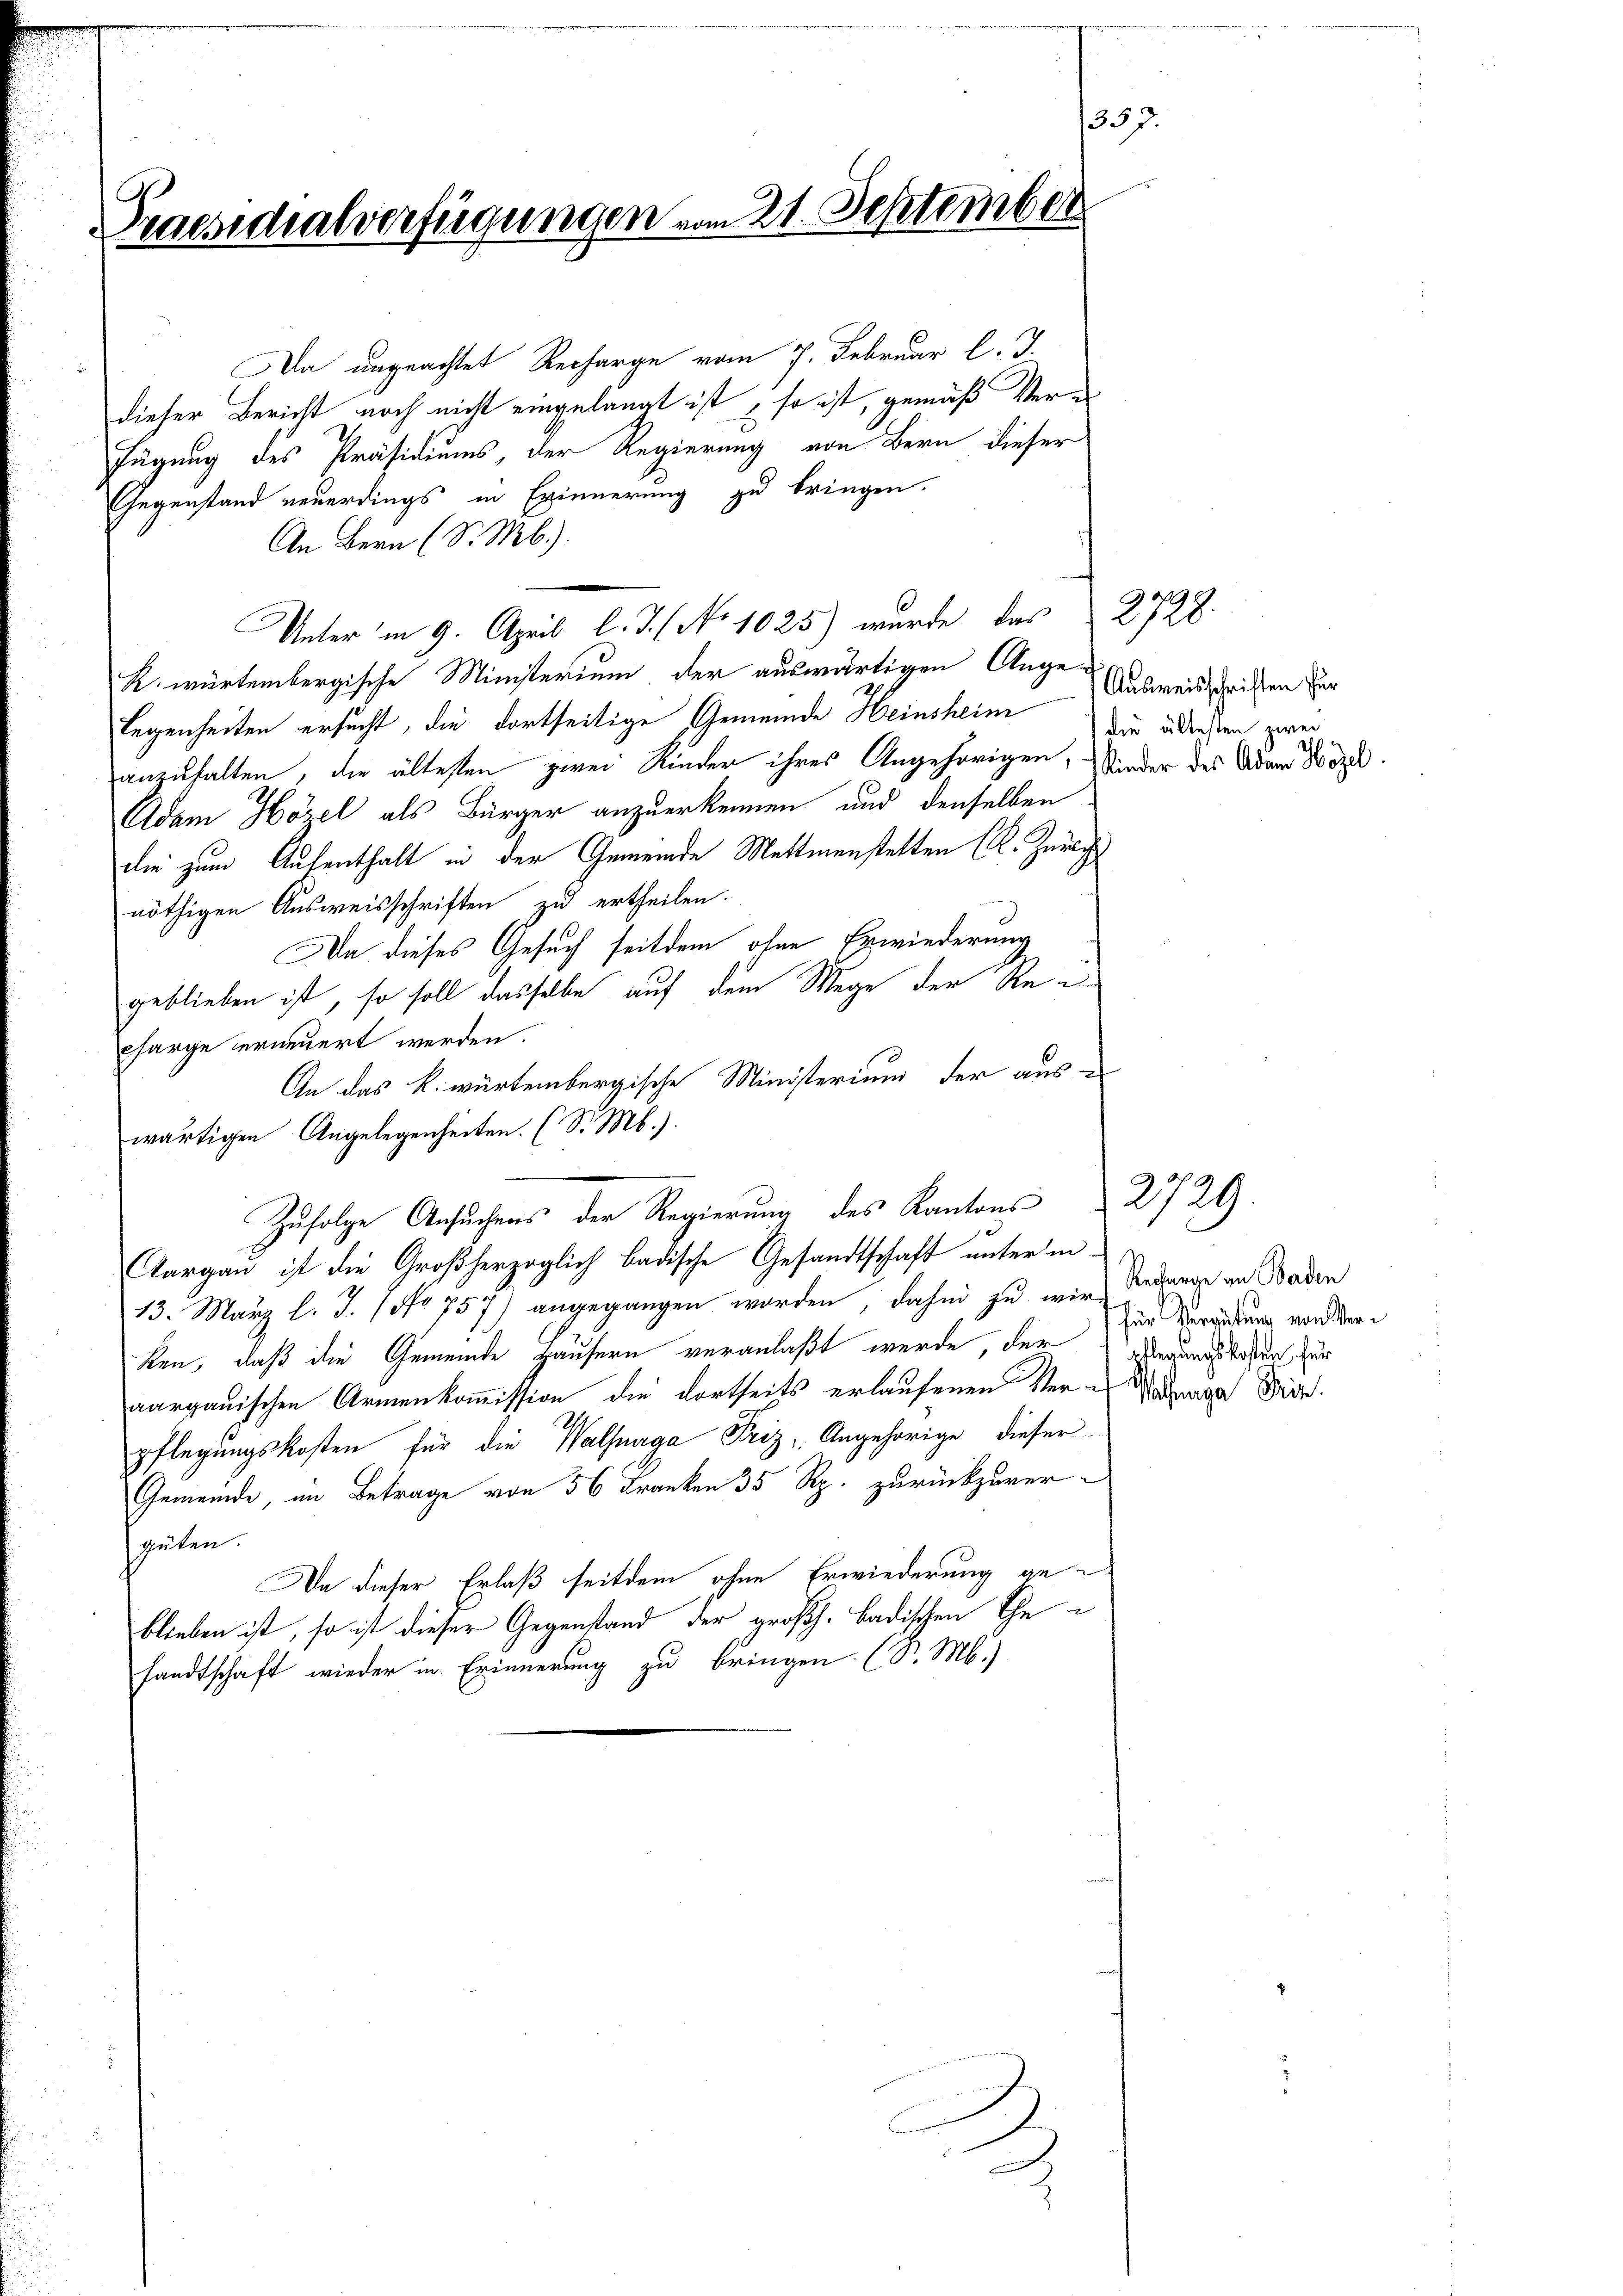
1357.
Praesidialverfügungen vom 21. September

Da ungeachtet Recharge vom 7. Februar l. J.
dieser Bericht noch nicht eingelangt ist, so ist, gemäß Verfügung des Präsidiums, der Regierung von Bern dieser
Gegenstand neuerdings in Erinnerung zu bringen.
An Bern (S. Mb.).
Unter in 9. April l. J. (No 1025) wurde das 2728.
R. würtembergische Ministerium der auswärtigen Angelegenheiten ersucht, die dortseitige Gemeinde Heinsheim die ältesten zwe
anzuhalten, die ältesten zwei Kinder ihres Angehörigen, Kinder des Adam Wözl.
Adam Hörel als Bürger anzuerkennen und denselben
die zum Aufenthalt in der Gemeinde Mettmenstalten (K. Zürich
nöthigen Ausweisschriften zu ertheilen.
Da dieses Gesuch seitdem ohne Erwiederung
geblieben ist, so soll dasselbe auf dem Wege der Recharge erneuert werden.
An das k. würtembergische Ministerium der auswärtigen Angelegenheiten. (S. M.).
Zufolge Ansuches der Regierung des Kantons 2729.
Aargau ist die Großherzoglich badische Gesandtschaft unter in-
13. März l. J. (No 757) angegangen worden, dahin zu wir Regange an Baden
ken, daß die Gemeinde Häusern veranlaßt werde, der gerungskosten zur
aargauischen Armenkommission die dortheils erlaufenen Ver-Vortrage Prin
pflegungskosten für die Walhaga Friz - Angehörige, dieser
Gemeinde, im Betrage von 56 Franken 35 Rp. zurückzuversgüten.
Da dieser Erlaß seitdem ohne Erwiederung geblieben ist, so ist dieser Gegenstand der großh. badischen Ehe-
sandtschaft wieder in Erinnerung zu bringen. (S. M.)

Ausweisschriften für

für Vergütung von Ver¬